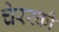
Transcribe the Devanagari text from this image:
चेरस्की